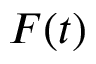
F ( t )